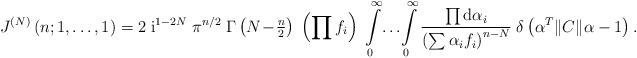
LaTeX: \begin{align*}J^{(N)}\left(n; 1,\ldots, 1\right)= 2 \; \mbox{i}^{1-2N} \; \pi^{n/2} \;\Gamma\left(N \!-\! {\textstyle{n\over2}}\right) \;\left(\prod f_i \right) \;\int\limits_0^{\infty} \! \ldots \! \int\limits_0^{\infty} \frac{\prod \mbox{d}\alpha_i} {\left( \sum \alpha_i f_i \right)^{n-N}} \;\delta\left( \alpha^T \|C\| \alpha - 1 \right) .\end{align*}